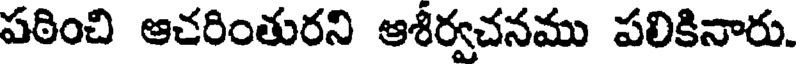
పఠించి ఆచరింతురని ఆశీర్వచనము పలికినారు.